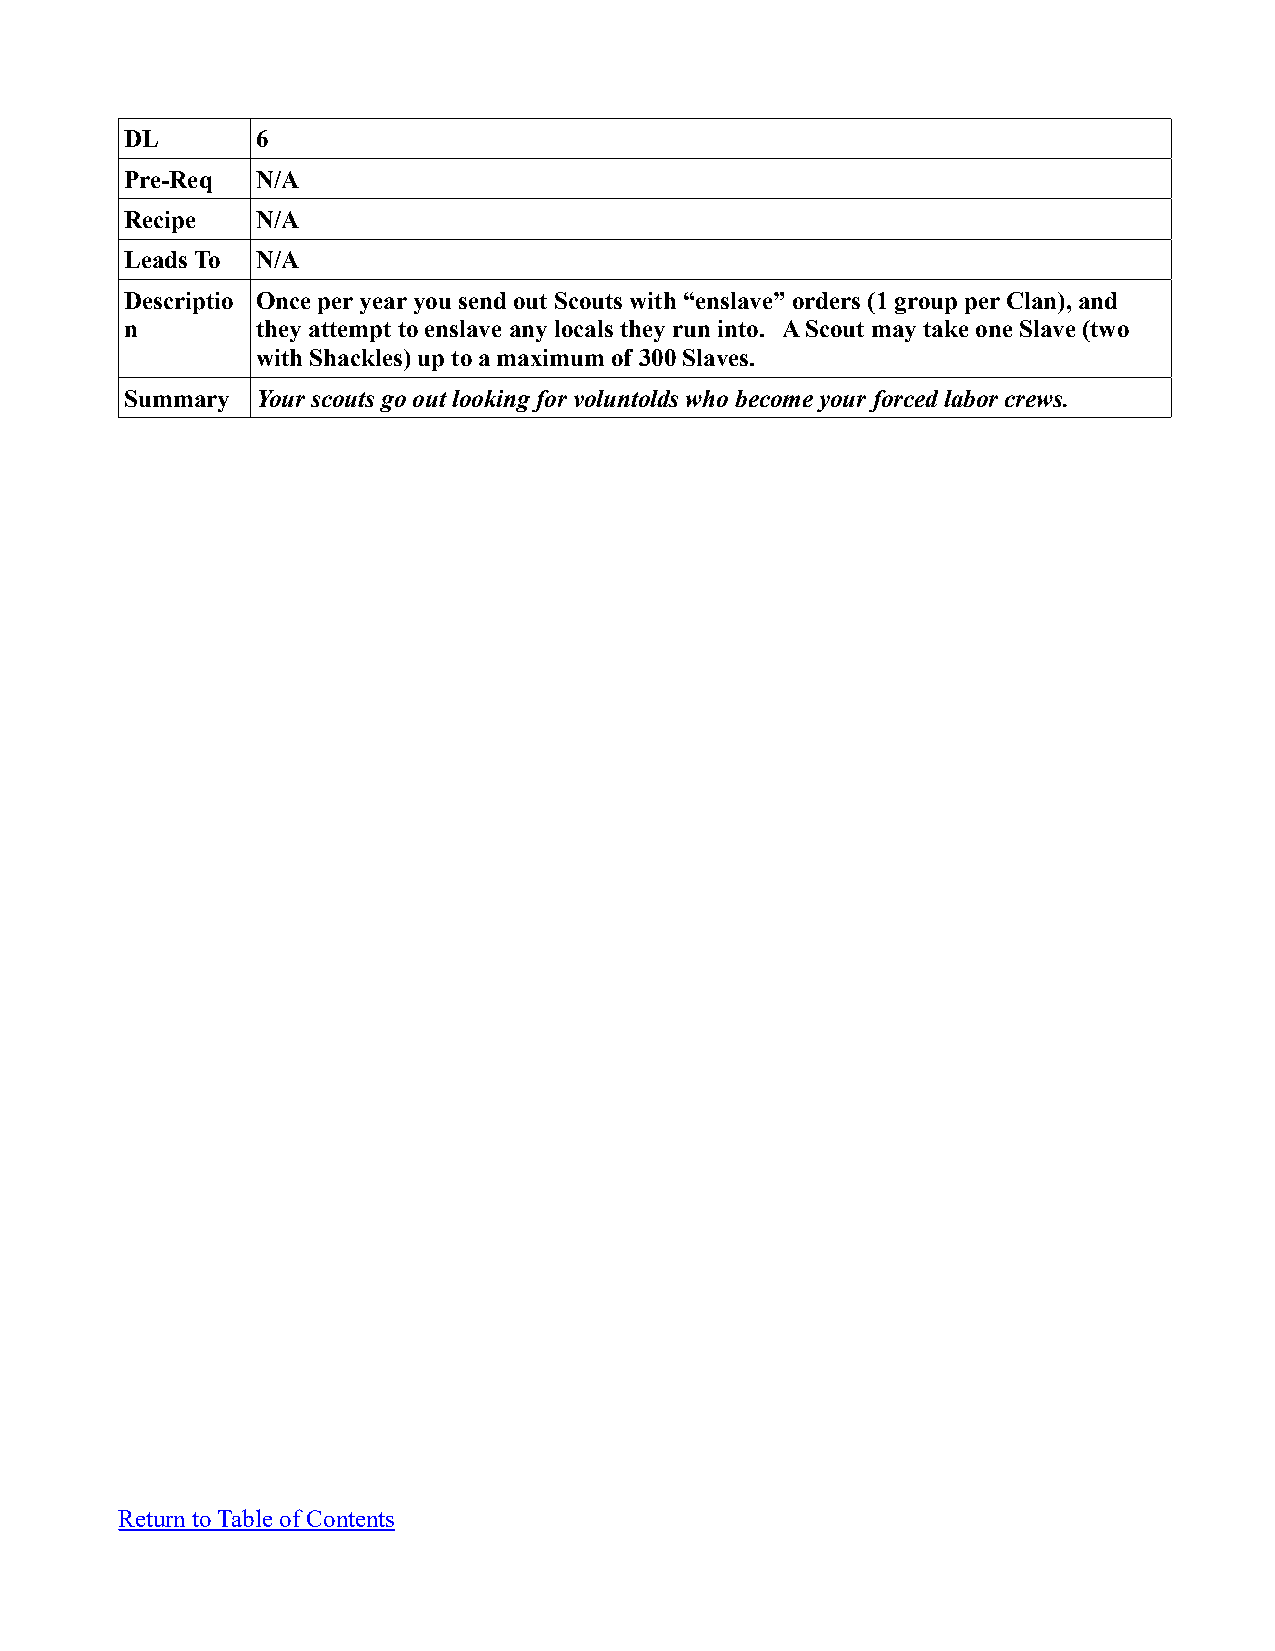
DL       6
 Pre-Req  N/A
 Recipe   N/A
 Leads To N/A
 Descriptio Once per year you send out Scouts with “enslave” orders (1 group per Clan), and
 n        they attempt to enslave any locals they run into. A Scout may take one Slave (two
 with Shackles) up to a maximum of 300 Slaves.
 Summary  Your scouts go out looking for voluntolds who become your forced labor crews.
 Return to Table of Contents